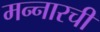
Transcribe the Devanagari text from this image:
मन्नारची